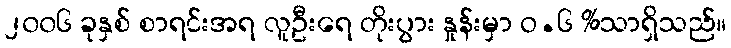
၂၀၀၆ ခုနှစ် စာရင်းအရ လူဦးရေ တိုးပွား နှုန်းမှာ ဝ.၆ %သာရှိသည်။